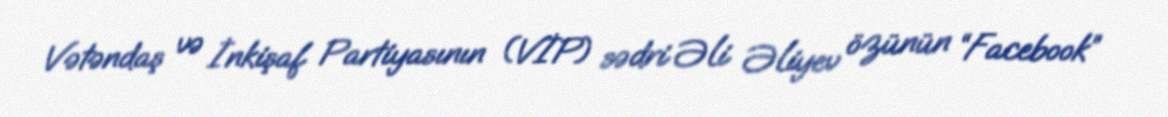
Vətəndaş və İnkişaf Partiyasının (VİP) sədri Əli Əliyev özünün “Facebook”